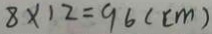
8 \times 1 2 = 9 6 ( c m )